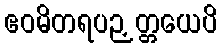
ဧဝမိတရပဉှတ္တယေပိ